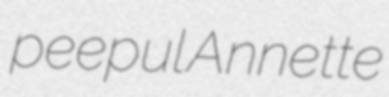
peepul Annette